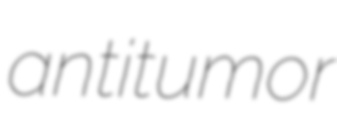
antitumor